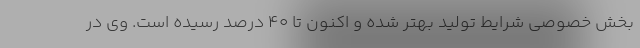
بخش خصوصی شرایط تولید بهتر شده و اکنون تا 40 درصد رسیده است. وی در